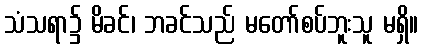
သံသရာ၌ မိခင်၊ ဘခင်သည် မတော်စပ်ဘူးသူ မရှိ။